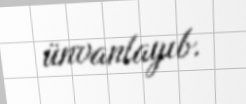
ünvanlayıb.